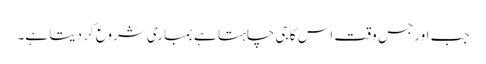
جب اور جس وقت اس کا جی چاہتا ہے بمباری شروع کر دیتا ہے۔